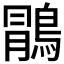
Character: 𱈯